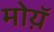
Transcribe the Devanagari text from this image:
मोय़ॅ